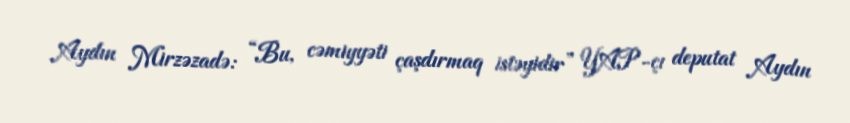
Aydın Mirzəzadə: “Bu, cəmiyyəti çaşdırmaq istəyidir” YAP-çı deputat Aydın